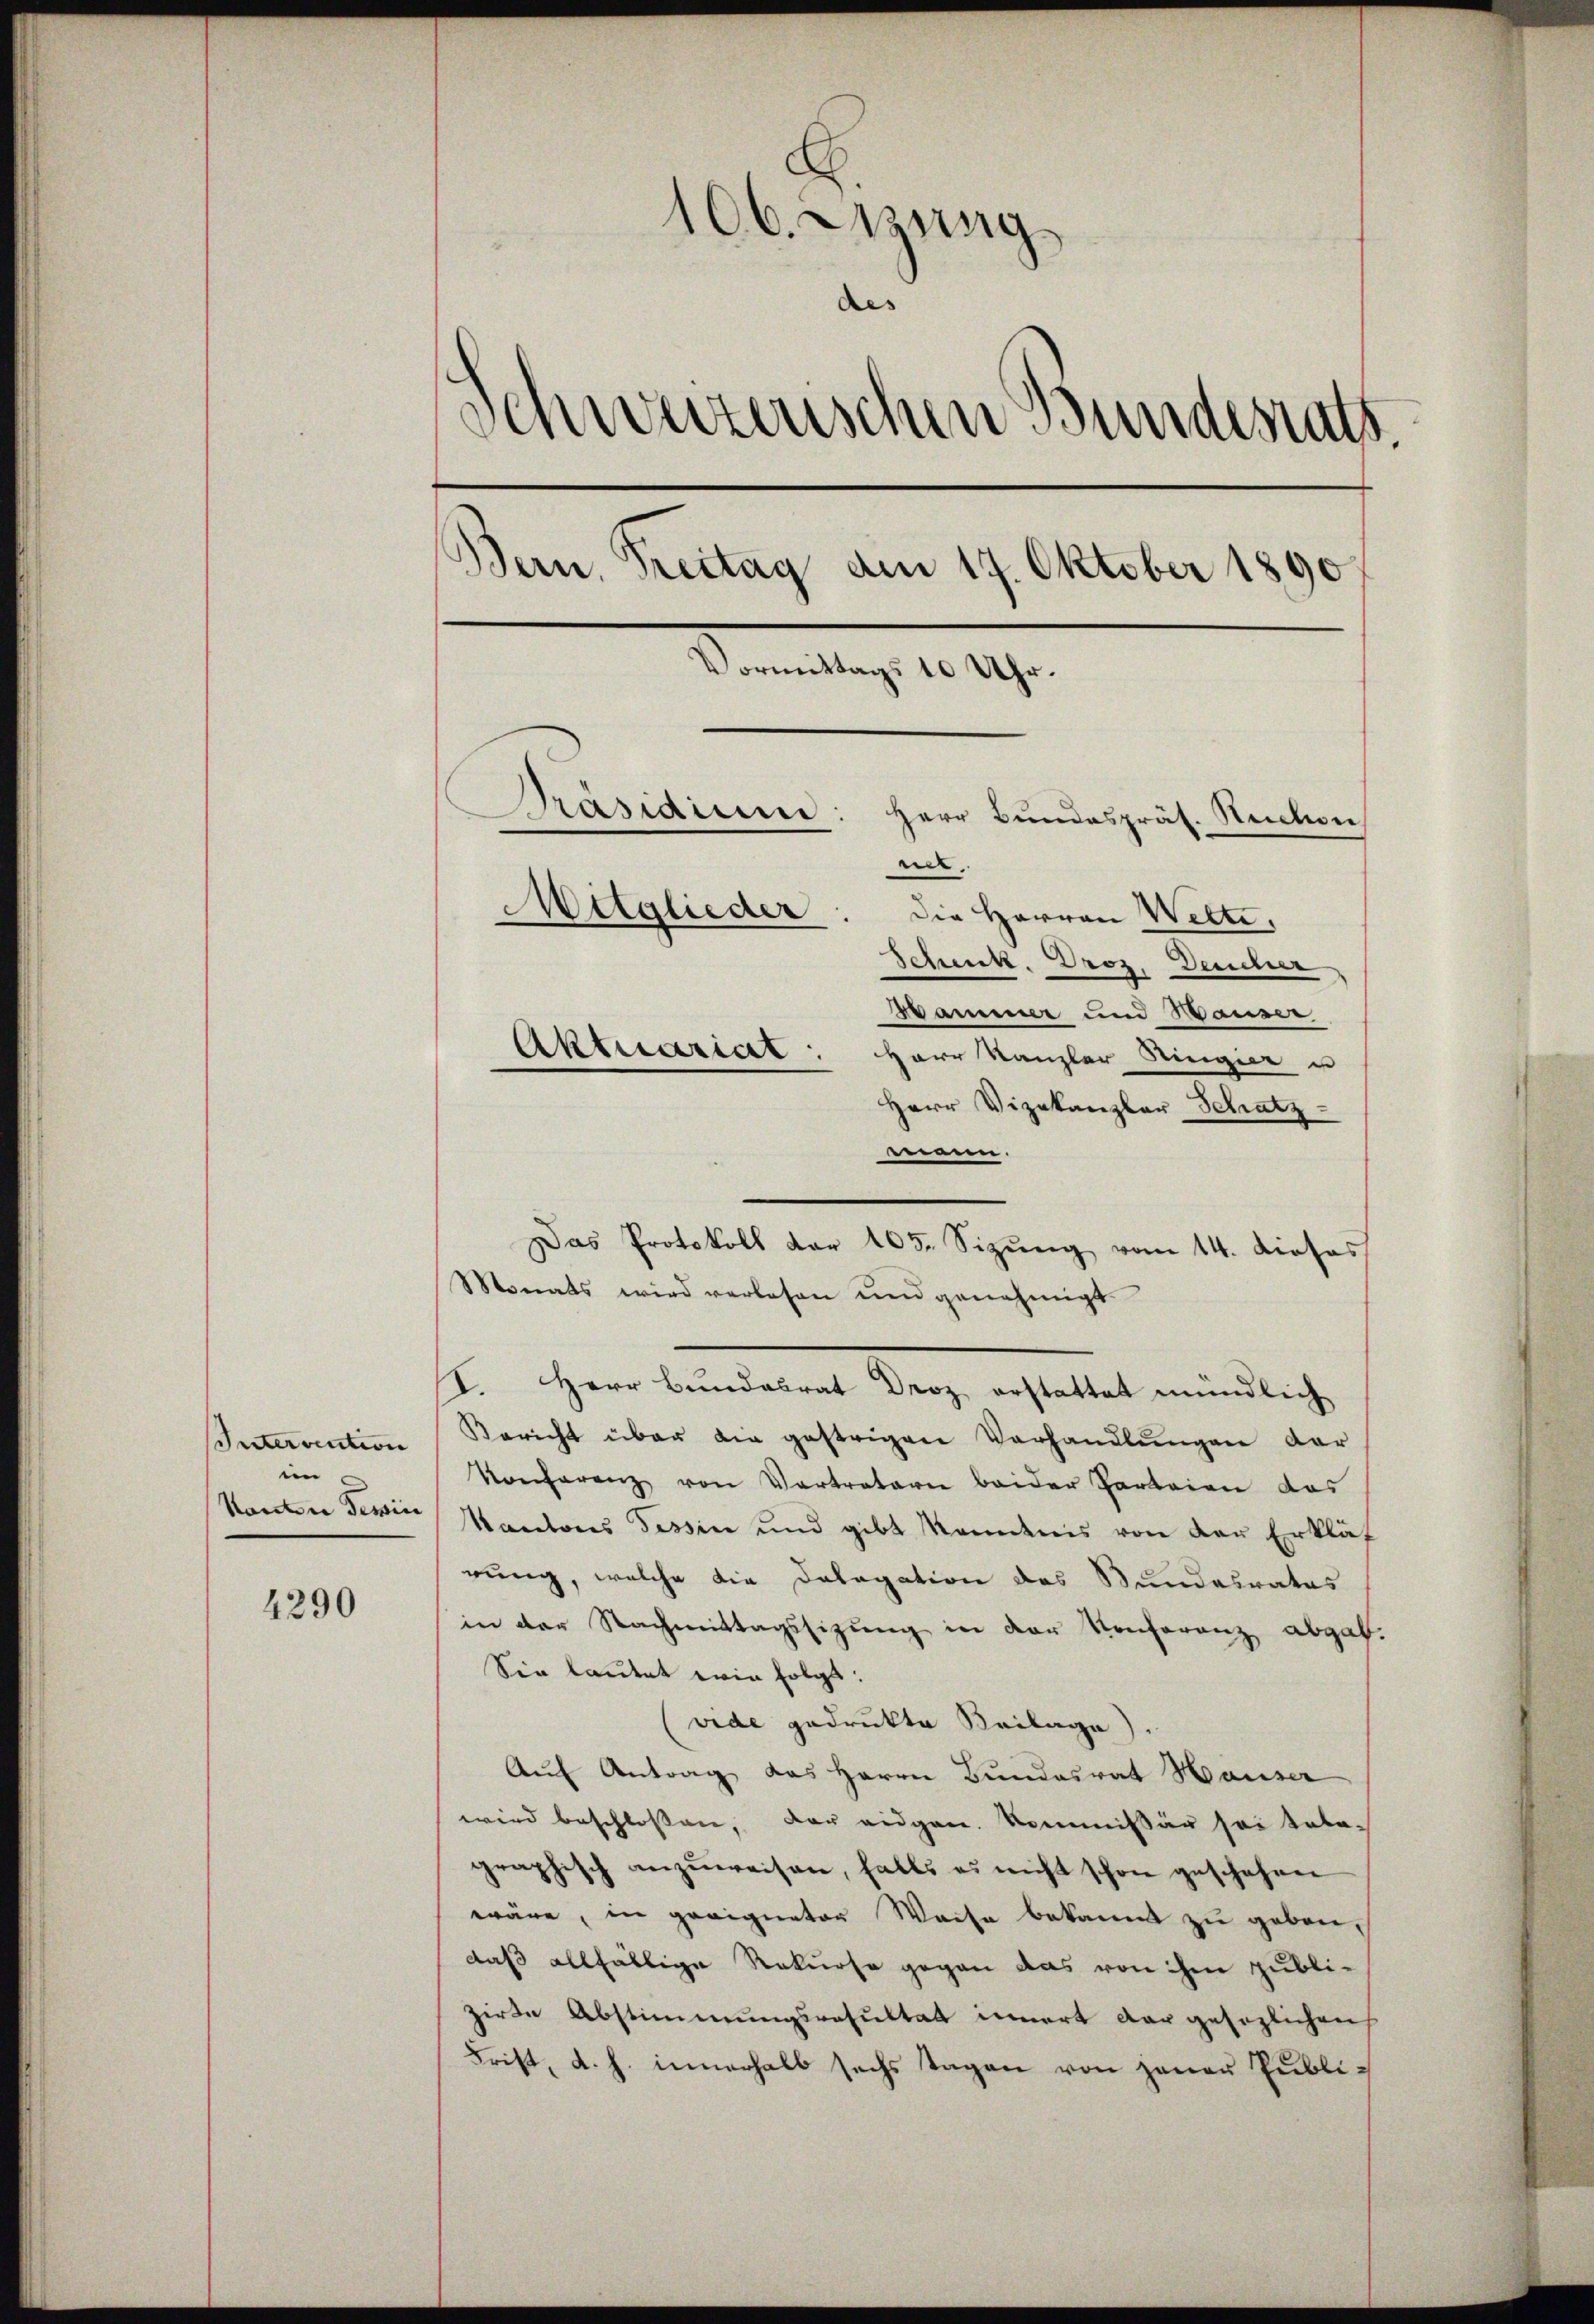
Intervention
in
Kanton Tessin

4290

166. Mang
des
Schweizerischen Bundesrats.
Bern, Treitag am 17. Oktober 1890.
Vormittags 10 Uhr.
Präsidium:
Herr Bundespräs. Ruchon
e
Adglieder
die Herren Wette,
Schenk. Droz. Deucher
Wammer und Waiser
Aktuariat: Herr Kanzler Ringier u

Herr Vizekanzler Schatz-
mann.
Das Protokoll der 105. Sizŭng vom 14. Dieses
Monats wird verlesen und genehmigt
I. Herr Bundesrat Droz erstattet mündlich
Bericht über die gestrigen Verhandlungen der
Konferenz von Vertratarie beider Parteien das
Kantons Tessin und gibt kandnis von der Erklär
rung, welche die Datagation des Bundesrates
in der Nachmittagssizung in der Konferenz abgab.
Sie lautet wir folgt:
vide gedrukte Beilage)
Aŭf Antrag des Herrn Bundesrat Hauser
wird beschlossen, der eidgen. Kommissär sei tabe-
graphisch anzŭweisen, falls es nicht schon geschehen
wäre, in geeigneter Weise bekannt zu gebendaß allfältige Rekurse gegen das von ihm publizirte Abstimmungsresultat innert dargesezlichen
Frist, d. h. innerhalb sechs Tagen von jener Publi-